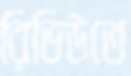
রিভিউতে